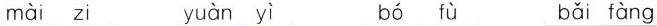
mài zi yuàn yì bó fù bǎi fàng